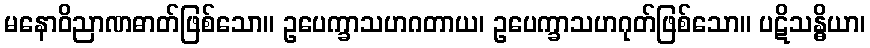
မနောဝိညာဏဓာတ်ဖြစ်သော။ ဥပေက္ခာသဟဂတာယ၊ ဥပေက္ခာသဟဂုတ်ဖြစ်သော။ ပဋိသန္ဓိယာ၊